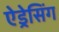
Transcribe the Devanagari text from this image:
ऐड्रेसिंग